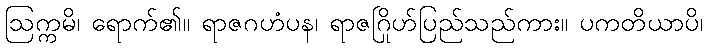
ဩက္ကမိ၊ ရောက်၏။ ရာဇဂဟံပန၊ ရာဇဂြိုဟ်ပြည်သည်ကား။ ပကတိယာပိ၊